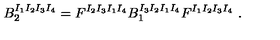
B _ { 2 } ^ { I _ { 1 } I _ { 2 } I _ { 3 } I _ { 4 } } = F ^ { I _ { 2 } I _ { 3 } I _ { 1 } I _ { 4 } } B _ { 1 } ^ { I _ { 3 } I _ { 2 } I _ { 1 } I _ { 4 } } F ^ { I _ { 1 } I _ { 2 } I _ { 3 } I _ { 4 } } \ .